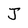
Character: J